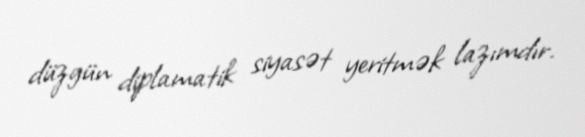
düzgün diplamatik siyasət yeritmək lazımdır.